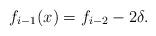
LaTeX: \begin{align*} f_{i-1}(x)=f_{i-2}-2\delta.\end{align*}